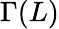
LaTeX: \Gamma(L)